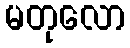
မတုလော